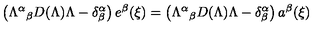
\left( { \Lambda ^ { \alpha } } _ { \beta } D ( \Lambda ) \Lambda - \delta _ { \beta } ^ { \alpha } \right) e ^ { \beta } ( \xi ) = \left( { \Lambda ^ { \alpha } } _ { \beta } D ( \Lambda ) \Lambda - \delta _ { \beta } ^ { \alpha } \right) a ^ { \beta } ( \xi )